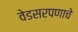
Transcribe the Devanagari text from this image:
वेडसरपणाचे